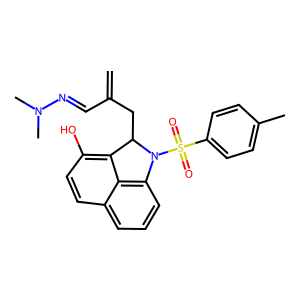
SMILES: C=C(C=NN(C)C)CC1c2c(O)ccc3cccc(c23)N1S(=O)(=O)c1ccc(C)cc1
Inhibits HIV replication: No